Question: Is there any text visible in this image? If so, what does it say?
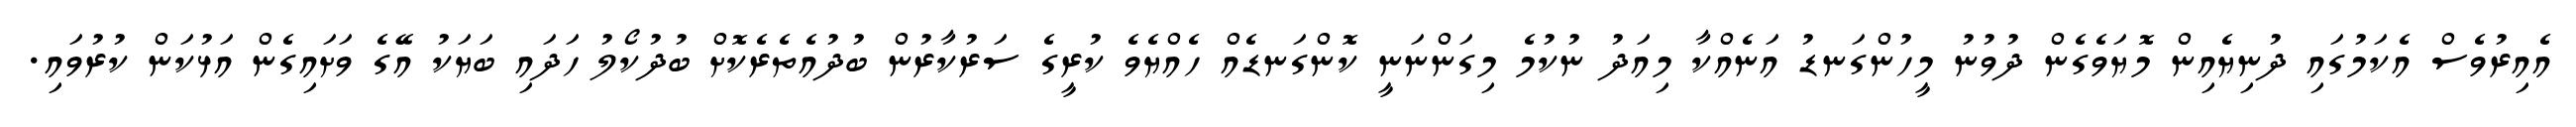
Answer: އެއިރުވެސް އެކަމުގައި ދުނިޔެއިން މޮޔަވެގެން ދުވުނު މީހުންގަނޑު އަނެއްކާ މިއަދު ނުކުމެ މިގަންނަނީ ކޮންގަނޑެއް ހެއްޔެވެ ކުރީގެ ސަރުކާރުން ބުދުއެތެރެކޮށް ބުދުކޯލު ހަދައި ބަޔަކު އޭގެ ވަށައިގެން އަޅުކަން ކުރުވައި.